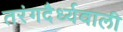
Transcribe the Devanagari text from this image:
तरंगदैर्ध्यवाली